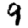
Digit: 9